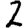
Digit: 2